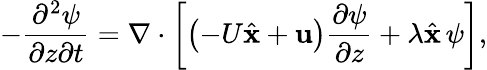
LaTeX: -\frac{\partial^{2}\psi}{\partial z\partial t}=\nabla\cdot\left[\left(-U\hat{\textbf{x}}+\textbf{u}\right)\frac{\partial\psi}{\partial z}+\lambda\hat{\textbf{x}}\, \psi\right],